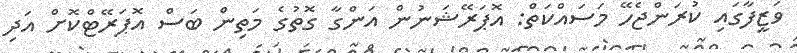
ވަޒީފާގައި ކުރަންޖެހޭ މަސައްކަތް: އޮޕަރޭޝަނުން އަންގާ ގޮތުގެ މަތިން ބަސް އޮޕަރޭޓްކޮށް އަދި